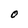
Character: O